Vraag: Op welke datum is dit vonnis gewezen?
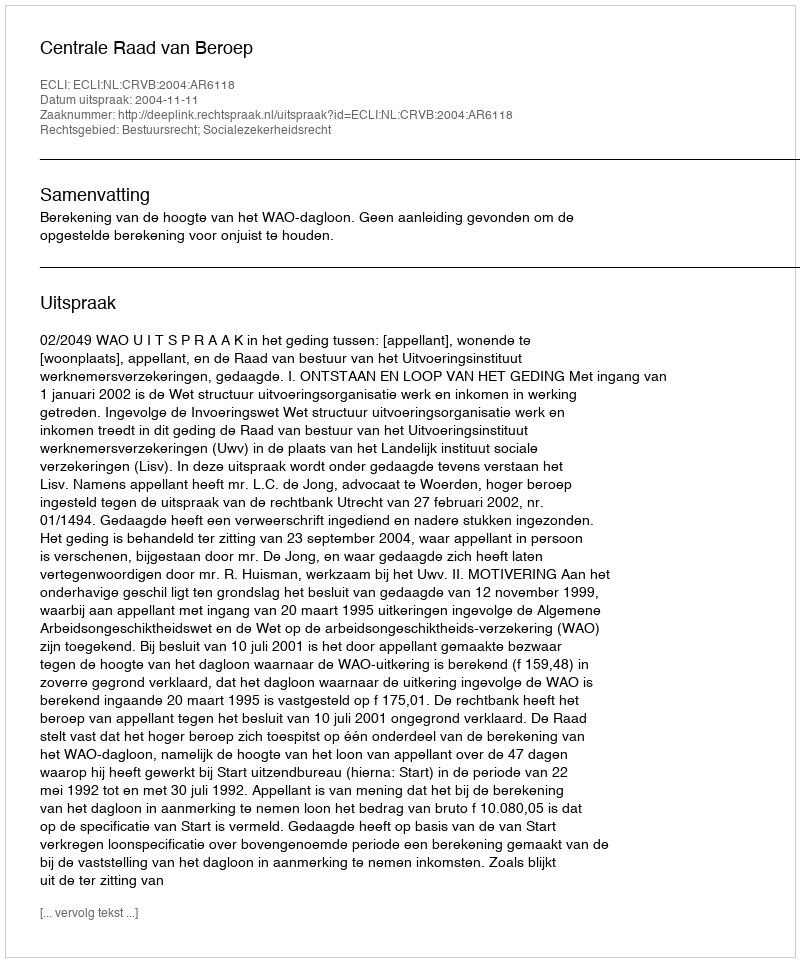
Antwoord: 2004-11-11